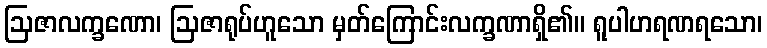
ဩဇာလက္ခဏော၊ ဩဇာရုပ်ဟူသော မှတ်ကြောင်းလက္ခဏာရှိ၏။ ရူပါဟရဏရသော၊